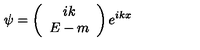
\psi = \left( \begin{array} { c } { i k } \\ { E - m } \\ \end{array} \right) e ^ { i k x }